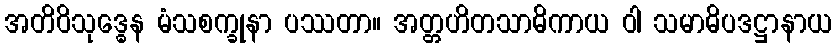
အတိဝိသုဒ္ဓေန မံသစက္ခုနာ ပဿတာ။ အတ္တဟိတသာဓိကာယ ဝါ သမာဓိပဒဋ္ဌာနာယ